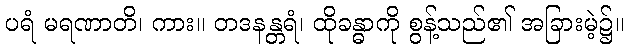
ပရံ မရဏာတိ၊ ကား။ တဒနန္တရံ၊ ထိုခန္ဓာကို စွန့်သည်၏ အခြားမဲ့၌။